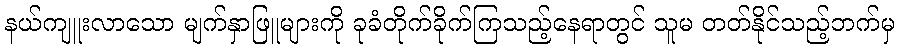
နယ်ကျူးလာသော မျက်နှာဖြူများကို ခုခံတိုက်ခိုက်ကြသည့်နေရာတွင် သူမ တတ်နိုင်သည့်ဘက်မှ